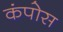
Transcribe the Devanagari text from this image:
कंपोस